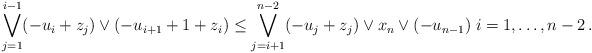
LaTeX: \begin{align*}\bigvee_{j = 1}^{i-1} (-u_i + z_j) \vee (-u_{i+1} + 1 + z_i) \leq \bigvee_{j = i+1}^{n-2} (-u_j + z_j) \vee x_n \vee (-u_{n-1}) \; i = 1, \dots, n-2 \, .\end{align*}